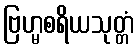
ဗြဟ္မစရိယသုတ္တံ